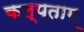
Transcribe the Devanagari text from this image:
कल्पताम्